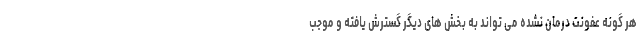
هر گونه عفونت درمان نشده می تواند به بخش های دیگر گسترش یافته و موجب